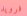
فرويد